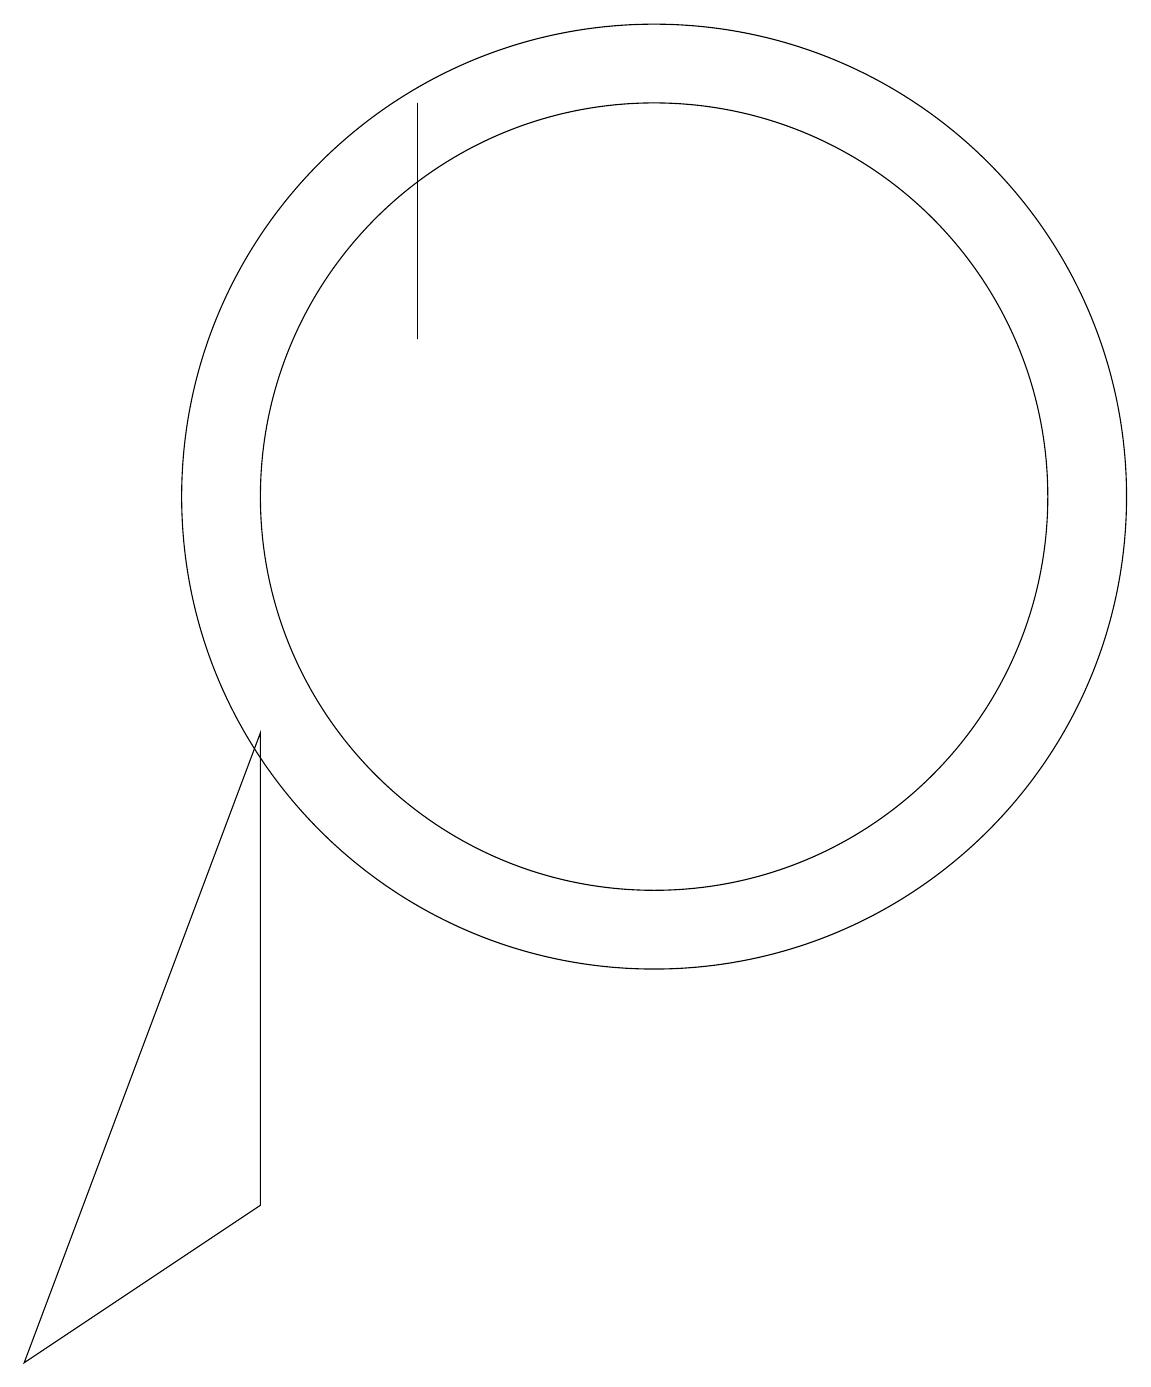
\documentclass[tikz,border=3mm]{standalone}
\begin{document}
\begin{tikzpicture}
\draw (12,11) circle (5);
\draw (7,8) -- (4,0) -- (7,2) -- cycle;
\draw (12,11) circle (6);
\draw (9,13) rectangle (9,16);
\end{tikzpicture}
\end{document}